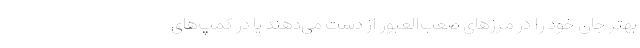
بهتر جان خود را در مرزهای صعب‌العبور از دست می‌‌دهند یا در کمپ‌های